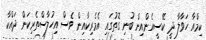
ކިމްއާ ހަވާލާ ދީ ކޭސީއެންއިން ބުނި ގޮތުގައި އެމެރިކާއިން ވެސް އިހުލާސްތެރިކަން ދައްކާ